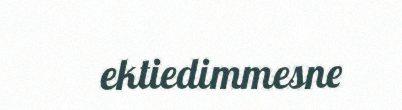
ektiedimmesne